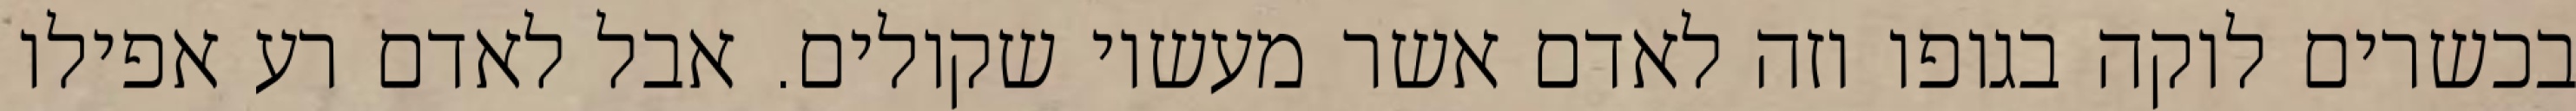
בכשרים לוקה בגופו וזה לאדם אשר מעשיו שקולים. אבל לאדם רע אפילו